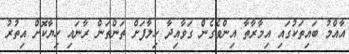
އާއްމު ބައިތަކުގައި އިމާރާތާ އިންވެގެން ގަވާއިދާ ހިލާފަށް ތަންތަން ރާނައި ހިޔާކޮށް އިތުރު